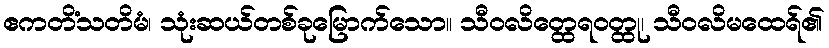
ဧကတိံသတိမံ၊ သုံးဆယ်တစ်ခုမြောက်သော။ သီဝလိတ္ထေရဝတ္ထု၊ သီဝလိမထေရ်၏